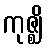
ကုဇ္ဈိ